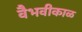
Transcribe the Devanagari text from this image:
वैभवीकाळ